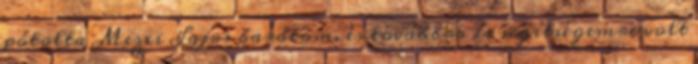
pótolta Mezei Lajos barátom, és továbbra is segítségemre volt